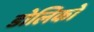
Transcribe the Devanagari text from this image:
डोलिको